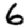
Digit: 6